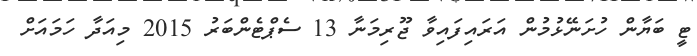
ޓީ ބަޔާން ހުށަނޭޅުމުން އަރައިފައިވާ ޖޫރިމަނާ 13 ސެޕްޓެންބަރު 2015 މިއަދާ ހަމައަށް